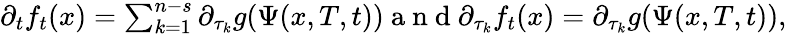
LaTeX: \begin{array}{r}{\partial_{t}f_{t}(x)=\sum_{k=1}^{n-s}\partial_{\tau_{k}}g(\Psi(x,T,t))\mathrm{~a~n~d~}\partial_{\tau_{k}}f_{t}(x)=\partial_{\tau_{k}}g(\Psi(x,T,t)),}\end{array}